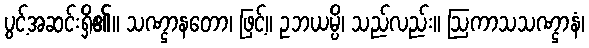
ပွင့်အဆင်းရှိ၏။ သဏ္ဌာနတော၊ ဖြင့်။ ဥဘယမ္ပိ၊ သည်လည်း။ ဩကာသသဏ္ဌာနံ၊